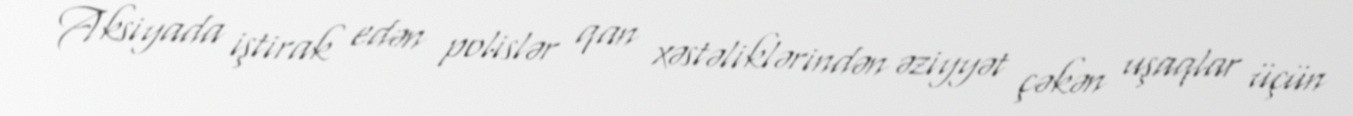
Aksiyada iştirak edən polislər qan xəstəliklərindən əziyyət çəkən uşaqlar üçün